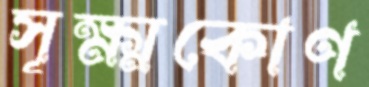
সূক্ষ্মকোণ